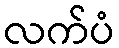
လက်ပံ